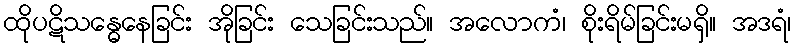
ထိုပဋိသန္ဓေနေခြင်း အိုခြင်း သေခြင်းသည်။ အလောကံ၊ စိုးရိမ်ခြင်းမရှိ။ အဒရံ၊